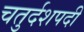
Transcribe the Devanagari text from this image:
चतुर्दशपदी